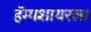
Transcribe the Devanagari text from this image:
हॅम्पशायरला